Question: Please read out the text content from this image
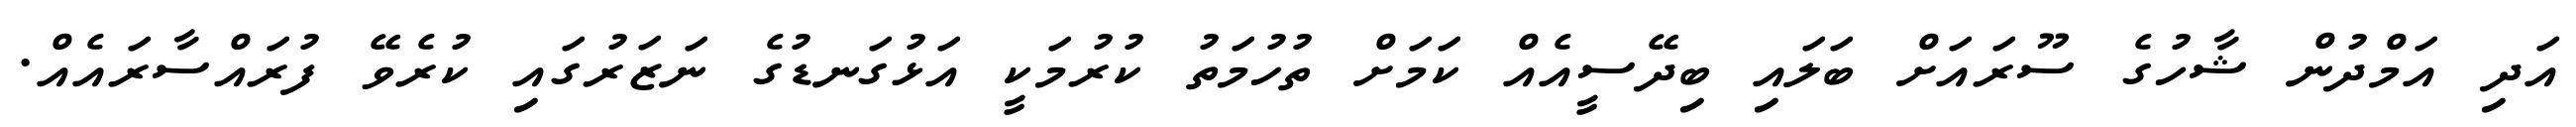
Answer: އަދި އަމްދުން ޝާހުގެ ސޫރައަށް ބަލައި ބިދޭސީއެއް ކަމަށް ތުހުމަތު ކުރުމަކީ އަޅުގަނޑުގެ ނަޒަރުގައި ކުރެވޭ ފުރައްސާރައެއް.